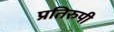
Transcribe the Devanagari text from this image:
प्रतिरुपी